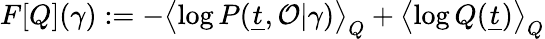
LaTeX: F[Q](\gamma):=-\left\langle\log P(\underline{{t}},\mathcal{O}|\gamma)\right\rangle_{Q}+\left\langle\log Q(\underline{{t}})\right\rangle_{Q}